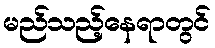
မည်သည့်နေရာတွင်